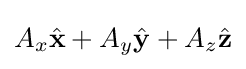
A_{x}{\hat {\mathbf {x} }}+A_{y}{\hat {\mathbf {y} }}+A_{z}{\hat {\mathbf {z} }}